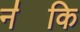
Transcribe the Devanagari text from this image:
न॑कि